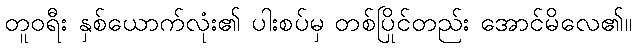
တူဝရီး နှစ်ယောက်လုံး၏ ပါးစပ်မှ တစ်ပြိုင်တည်း အောင်မိလေ၏။